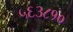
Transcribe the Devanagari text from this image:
५६३८१०